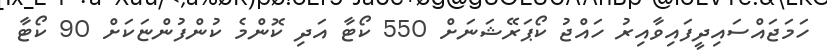
ހަމަޖައްސައިދީފައިވާއިރު ހައްޖު ކޯޕަރޭޝަނަށް 550 ކޯޓާ އަދި ކޮންމެ ކުންފުންޏަކަށް 90 ކޯޓާ